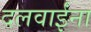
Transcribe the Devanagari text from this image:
दलवाईंना